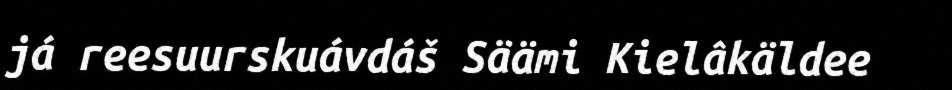
já reesuurskuávdáš Säämi Kielâkäldee